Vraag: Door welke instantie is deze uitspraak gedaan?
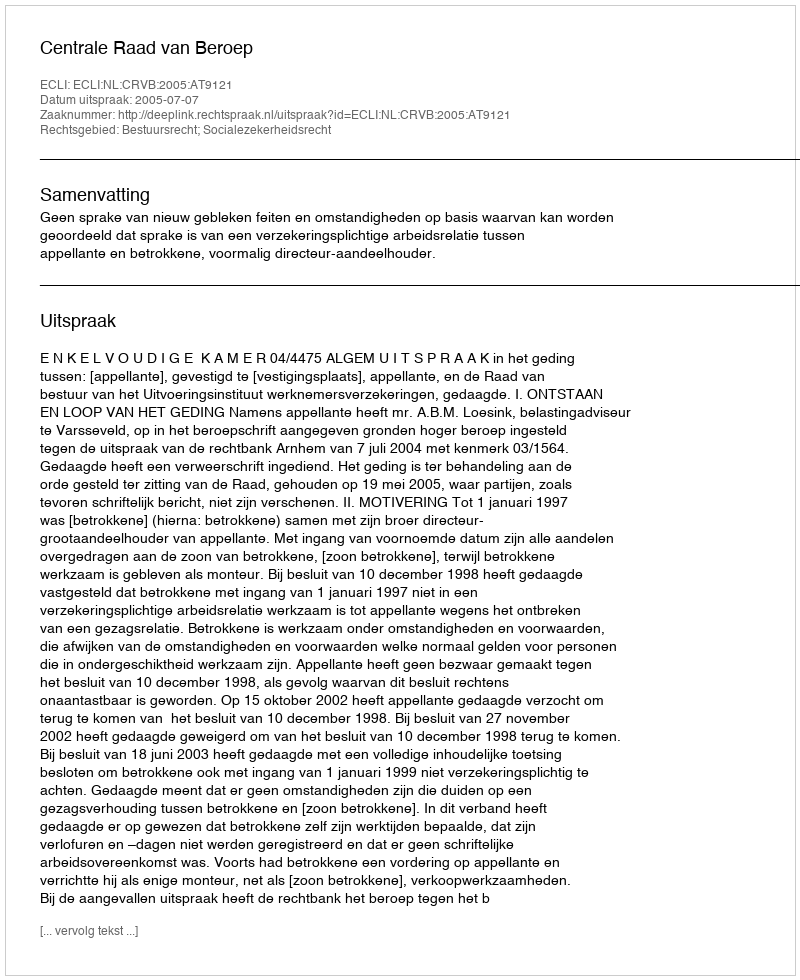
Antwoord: Centrale Raad van Beroep